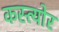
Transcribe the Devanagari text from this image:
कस्त्योर